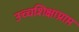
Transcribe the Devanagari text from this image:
उच्चशिक्षाप्राप्त